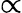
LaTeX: {\displaystyle\propto}